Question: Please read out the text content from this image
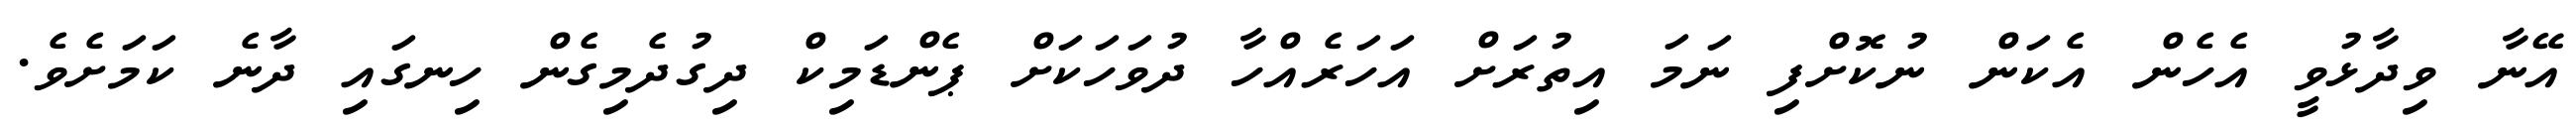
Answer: އޭނާ ވިދާޅުވީ އެހެން އެކަން ނުކޮށްފި ނަމަ އިތުރަށް އަހަރެއްހާ ދުވަހަކަށް ޕެންޑަމިކް ދިގުދެމިގެން ހިނގައި ދާނެ ކަމަށެވެ.